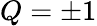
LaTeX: Q=\pm 1